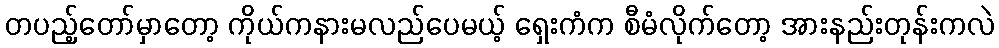
တပည့်တော်မှာတော့ ကိုယ်ကနားမလည်ပေမယ့် ရှေးကံက စီမံလိုက်တော့ အားနည်းတုန်းကလဲ